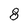
Character: 8